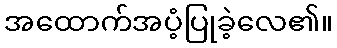
အထောက်အပံ့ပြုခဲ့လေ၏။